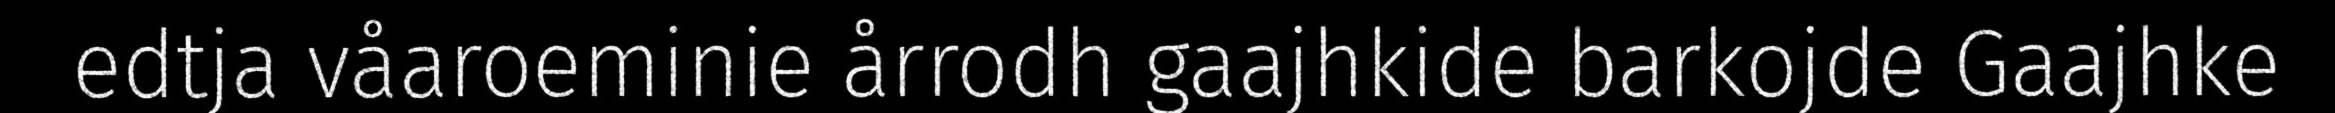
edtja våaroeminie årrodh gaajhkide barkojde Gaajhke